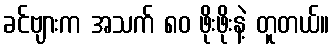
ခင်ဗျားက အသက် ၈၀ ဖိုးဖိုးနဲ့ တူတယ်။